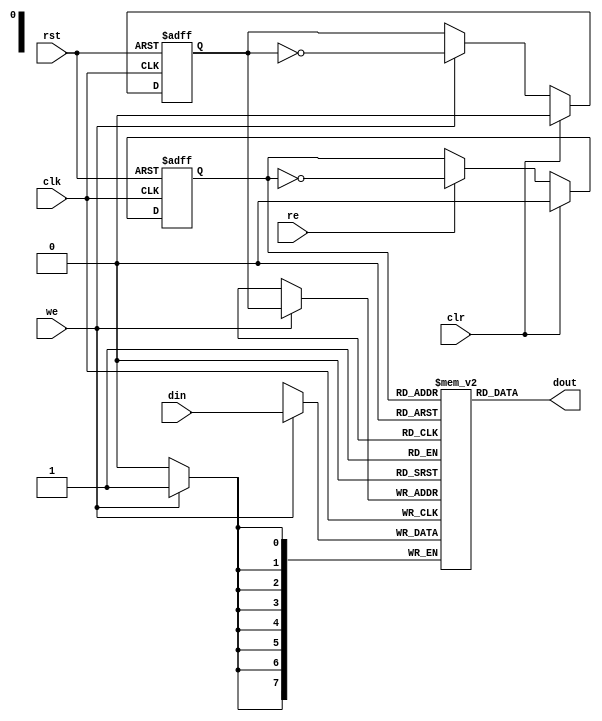
/////////////////////////////////////////////////////////////////////
////                                                             ////
////  Fast FIFO 2 entries deep                                   ////
////                                                             ////
////                                                             ////
////          rudi@asics.ws                                      ////
////                                                             ////
////                                                             ////
////  Downloaded from: http://www.opencores.org/cores/usb1_funct/////
////                                                             ////
/////////////////////////////////////////////////////////////////////
////                                                             ////
//// Copyright (C) 2000-2002 Rudolf Usselmann                    ////
////                         www.asics.ws                        ////
////                         rudi@asics.ws                       ////
////                                                             ////
//// This source file may be used and distributed without        ////
//// restriction provided that this copyright statement is not   ////
//// removed from the file and that any derivative work contains ////
//// the original copyright notice and the associated disclaimer.////
////                                                             ////
////     THIS SOFTWARE IS PROVIDED ``AS IS'' AND WITHOUT ANY     ////
//// EXPRESS OR IMPLIED WARRANTIES, INCLUDING, BUT NOT LIMITED   ////
//// TO, THE IMPLIED WARRANTIES OF MERCHANTABILITY AND FITNESS   ////
//// FOR A PARTICULAR PURPOSE. IN NO EVENT SHALL THE AUTHOR      ////
//// OR CONTRIBUTORS BE LIABLE FOR ANY DIRECT, INDIRECT,         ////
//// INCIDENTAL, SPECIAL, EXEMPLARY, OR CONSEQUENTIAL DAMAGES    ////
//// (INCLUDING, BUT NOT LIMITED TO, PROCUREMENT OF SUBSTITUTE   ////
//// GOODS OR SERVICES; LOSS OF USE, DATA, OR PROFITS; OR        ////
//// BUSINESS INTERRUPTION) HOWEVER CAUSED AND ON ANY THEORY OF  ////
//// LIABILITY, WHETHER IN  CONTRACT, STRICT LIABILITY, OR TORT  ////
//// (INCLUDING NEGLIGENCE OR OTHERWISE) ARISING IN ANY WAY OUT  ////
//// OF THE USE OF THIS SOFTWARE, EVEN IF ADVISED OF THE         ////
//// POSSIBILITY OF SUCH DAMAGE.                                 ////
////                                                             ////
/////////////////////////////////////////////////////////////////////

//  CVS Log
//
//  $Id: usb1_fifo2.v,v 1.1.1.1 2002-09-19 12:07:31 rudi Exp $
//
//  $Date: 2002-09-19 12:07:31 $
//  $Revision: 1.1.1.1 $
//  $Author: rudi $
//  $Locker:  $
//  $State: Exp $
//
// Change History:
//               $Log: not supported by cvs2svn $
//
//
//
//
//


module usb1_fifo2(clk, rst, clr,  din, we, dout, re);

	input       clk, rst;
	input       clr;
	input   [7:0]   din;
	input       we;
	output  [7:0]   dout;
	input       re;


////////////////////////////////////////////////////////////////////
//
// Local Wires
//

	reg     [7:0]   mem[0:1];
	reg     wp;
	reg     rp;

////////////////////////////////////////////////////////////////////
//
// Misc Logic
//

	always @(posedge clk or negedge rst)
		if(!rst)    wp <= #1 1'h0;
		else
			if(clr)     wp <= #1 1'h0;
			else
				if(we)      wp <= #1 ~wp;

	always @(posedge clk or negedge rst)
		if(!rst)    rp <= #1 1'h0;
		else
			if(clr)     rp <= #1 1'h0;
			else
				if(re)      rp <= #1 ~rp;

// Fifo Output
	assign  dout = mem[ rp ];

// Fifo Input
	always @(posedge clk)
		if(we)     mem[ wp ] <= #1 din;

endmodule